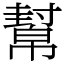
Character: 幫